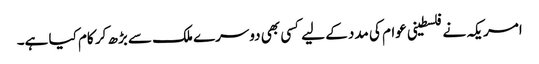
امریکہ نے فلسطینی عوام کی مدد کے لیے کسی بھی دوسرے ملک سے بڑھ کر کام کیا ہے۔